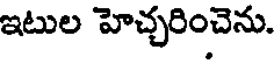
ఇటుల హెచ్చరించెను.